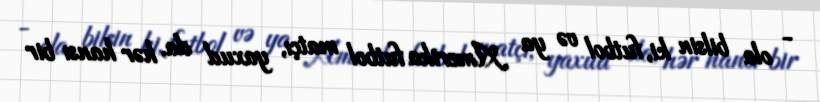
- ola bilsin ki, futbol və ya Amerika futbol matçı, yaxud da, hər hansı bir